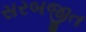
સરબજીત